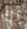
أنا